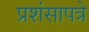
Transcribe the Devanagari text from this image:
प्रशंसापत्रे